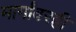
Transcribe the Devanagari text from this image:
मार्गांवरही